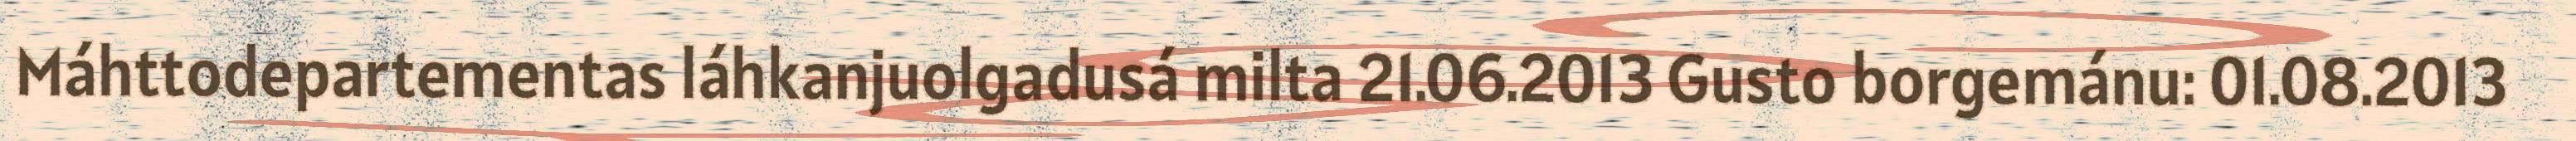
Máhttodepartementas láhkanjuolgadusá milta 21.06.2013 Gusto borgemánu: 01.08.2013